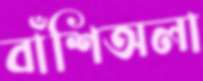
বাঁশিঅলা